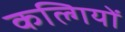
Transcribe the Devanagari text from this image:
कल्गियों